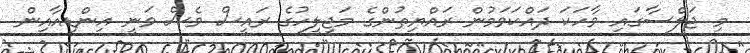
މި ޖަލްސާގައި ވާހަކަ ދައްކަވަމުން ރައްޔިތުންގެ މަޖިލީހުގެ ރައީސް ވެސް ވަނީ އިންޑިއާއިން